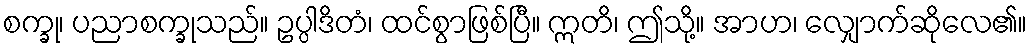
စက္ခု၊ ပညာစက္ခုသည်။ ဥပ္ပါဒိတံ၊ ထင်စွာဖြစ်ပြီ။ ဣတိ၊ ဤသို့။ အာဟ၊ လျှောက်ဆိုလေ၏။